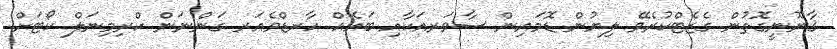
ޤާނޫނީގޮތުން ގެޒެޓްކުރެވޭ ލިޔުން ޑޮމައިން ސާވަރއަކާއި ބައެއް ހާރޑްވެއަރ ގަންނަން ކްރިމިނަލް ކޯޓަށް